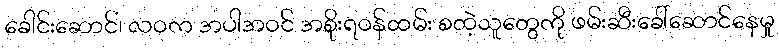
ခေါင်းဆောင်၊ လဝက အပါအဝင် အစိုးရဝန်ထမ်း စတဲ့သူတွေကို ဖမ်းဆီးခေါ်ဆောင်နေမှု